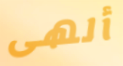
ألهى